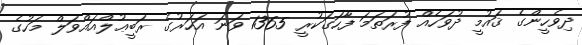
ދިވެހީންގެ ޤައުމީ ދުވަހެއް ފުރަތަމަ ފާހަގަކުރީ 1365 ވަނަ އަހަރުގެ ރަބީޢުލްއައްވަލް މަހުގެ